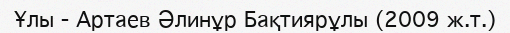
Ұлы - Артаев Әлинұр Бақтиярұлы (2009 ж.т.)